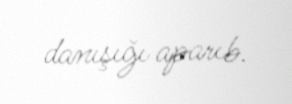
danışığı aparıb.